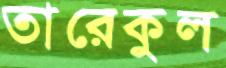
তারেকুল